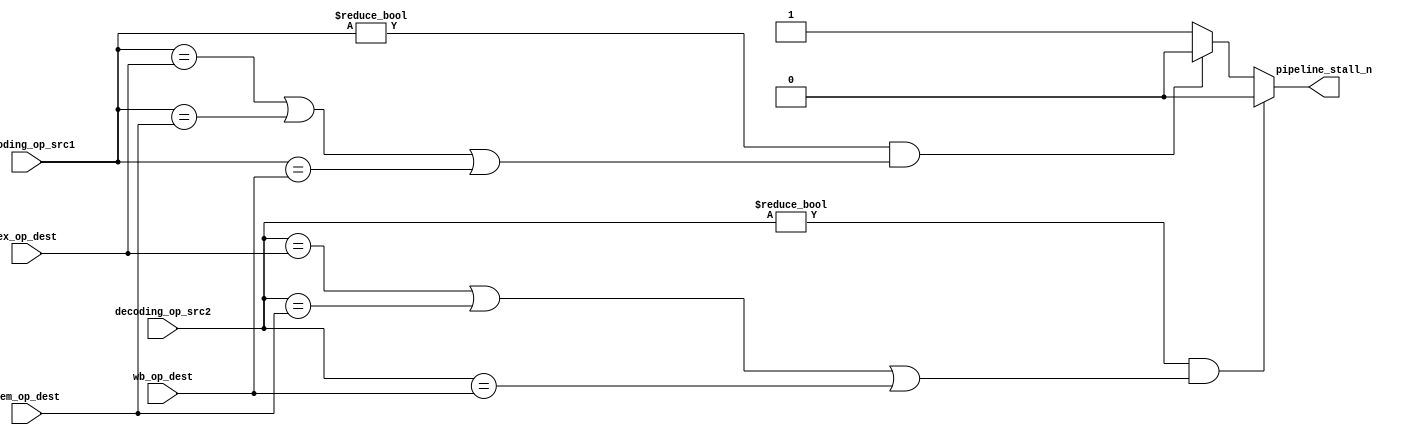
/***************************************************
 * Module: hazard_detection_unit
 * Project: mips_16
 * Description: 
 *    Data Hazard detection. if there is a RAW hazard, it will stall the pipeline.
 *	
 *	 *	 Method: It compare the source register of the instruction in ID_stage 
 * 			 and it's previous 3 instructions' destination register. If
 *			 the source register is equal to any of the three destination regs 
 *			 and not equals to zero, the Hazard Detction Unit will assert
 *			 pipeline_stall signal. That signal will freeze the IF & ID stage,
 *			 and insert bubbles into EX stage. When the hazard instruction 
 *			 was flushed out of the pipeline, pipeline_stall signal will 
 *			 be canceled.
 *
 * Revise history:
 *     
 ***************************************************/
module hazard_detection_unit
(
	input		[2:0]		decoding_op_src1,		//ID stage source_1 register number
	input		[2:0]		decoding_op_src2,		//ID stage source_2 register number
	
	input		[2:0]		ex_op_dest,				//EX stage destinaton register number
	input		[2:0]		mem_op_dest,			//MEM stage destinaton register number
	input		[2:0]		wb_op_dest,				//WB stage destinaton register number
	
	output	reg				pipeline_stall_n		// Active low
);
	
	always @ (*) begin
		pipeline_stall_n = 1;
		
		if( decoding_op_src1 != 0 &&
			(
				decoding_op_src1 == ex_op_dest	||
				decoding_op_src1 == mem_op_dest	||
				decoding_op_src1 == wb_op_dest	
			)
		)
			pipeline_stall_n = 0;
			
		if( decoding_op_src2 != 0 &&
			(
				decoding_op_src2 == ex_op_dest	||
				decoding_op_src2 == mem_op_dest	||
				decoding_op_src2 == wb_op_dest	
			)
		)
			pipeline_stall_n = 0;
		
		
	end
	
	
	
endmodule